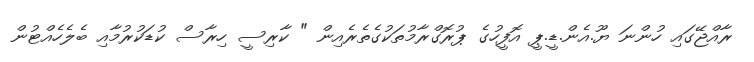
ރާއްޖޭގައި ހުންނަ ޔޫ.އެން.ޑީ.ޕީ އޮފީހުގެ ޕުރޮގްރާމުތަކުގެތެރެއިން " ކާރިސީ ހިރާސް ކުޑަކުރުމާއި ބެލެހެއްޓުން